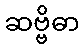
ဆဗ္ဗိဓာ